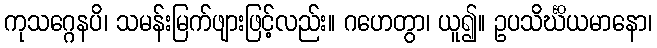
ကုသဂ္ဂေနပိ၊ သမန်းမြက်ဖျားဖြင့်လည်း။ ဂဟေတွာ၊ ယူ၍။ ဥပသိင်္ဃိယမာနော၊